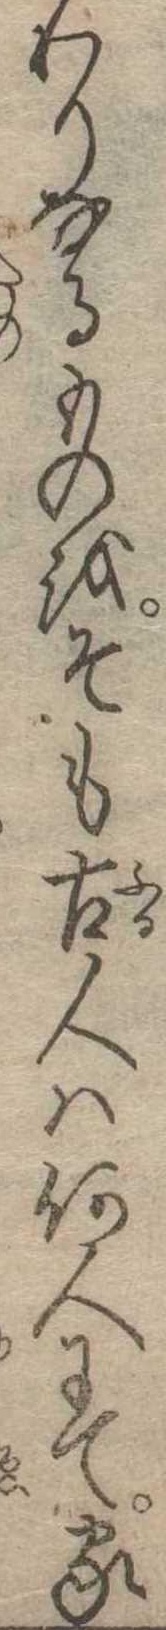
わりなるものをそも古人は何人にて家